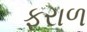
ફરાળ